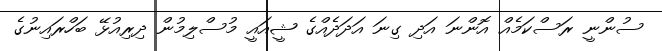
ސުންނީ ރަސްކަމެއް އޮންނަ އަދި ގިނަ އަދަދެއްގެ ޝީއައީ މުސްލިމުން ދިރިއުޅޭ ބަހްރައިނުގެ